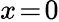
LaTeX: x\! =\! 0